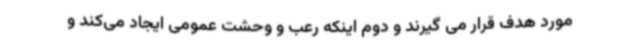
مورد هدف قرار می گیرند و دوم اینکه رعب و وحشت عمومی ایجاد می‌کند و